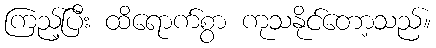
ကြည့်ပြီး ထိရောက်စွာ ကုသနိုင်တော့သည်။